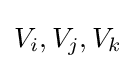
V_{i},V_{j},V_{k}